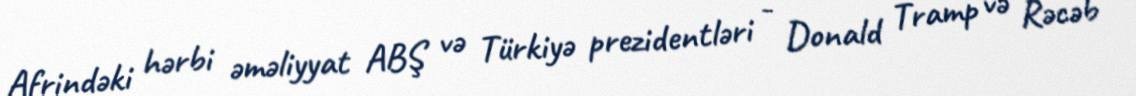
Afrindəki hərbi əməliyyat ABŞ və Türkiyə prezidentləri - Donald Tramp və Rəcəb